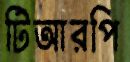
টিআরপি